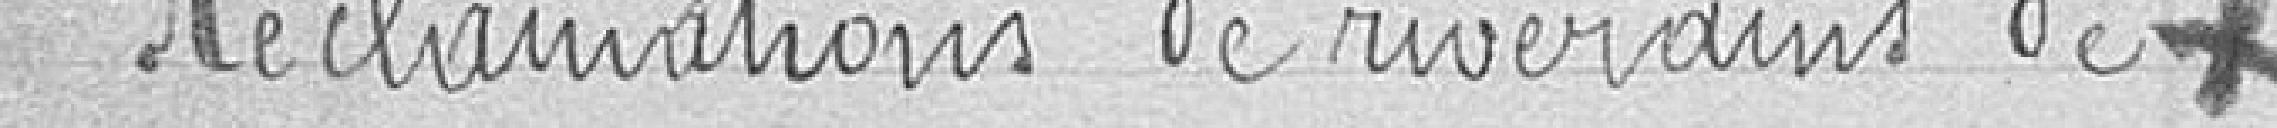
Réclamations de riverains de